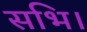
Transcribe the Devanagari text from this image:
सभि।